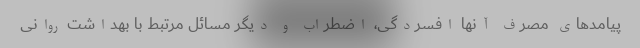
پیامدهای مصرف آنها افسردگی، اضطراب و دیگر مسائل مرتبط با بهداشت روانی